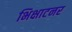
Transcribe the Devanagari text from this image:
भिक्षाटनर